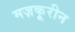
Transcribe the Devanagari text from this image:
मज़कूरीन